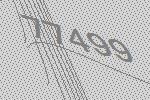
77499